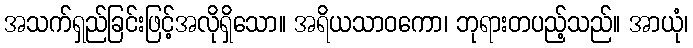
အသက်ရှည်ခြင်းဖြင့်အလိုရှိသော။ အရိယသာဝကော၊ ဘုရားတပည့်သည်။ အာယုံ၊